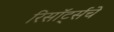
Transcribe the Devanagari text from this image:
रिसॉर्ट्सचे